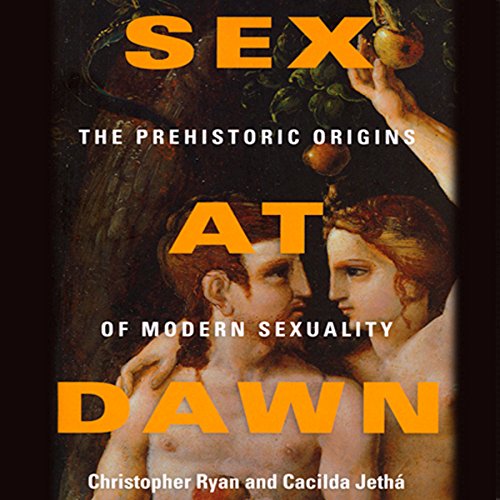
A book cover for Sex at Dawn: How We Mate, Why We Stray, and What It Means for Modern Relationships; Christopher Ryan; Sports & Outdoors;